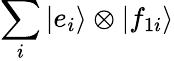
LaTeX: \sum_{i}|e_{i}\rangle\otimes|f_{1i}\rangle